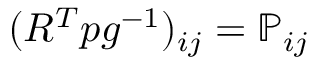
( R ^ { T } p g ^ { - 1 } ) _ { i j } = { \mathbb P } _ { i j }